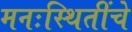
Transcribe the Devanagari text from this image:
मनःस्थितींचे